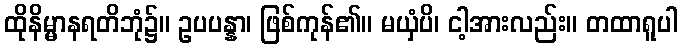
ထိုနိမ္မာနရတိဘုံ၌။ ဥပပန္နာ၊ ဖြစ်ကုန်၏။ မယှံပိ၊ ငါ့အားလည်း။ တထာရူပါ